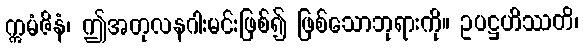
ဣမံဇိနံ၊ ဤအတုလနဂါးမင်းဖြစ်၍ ဖြစ်သောဘုရားကို။ ဥပဋ္ဌဟိဿတိ၊